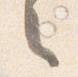
々